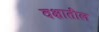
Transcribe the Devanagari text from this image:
वक्षातील